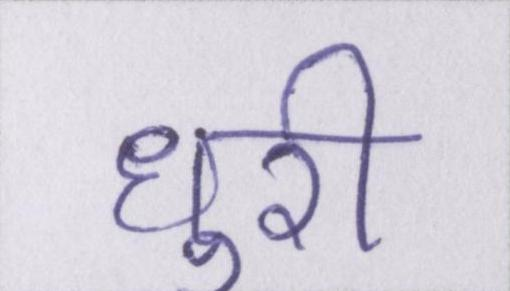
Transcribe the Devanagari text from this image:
धुरी